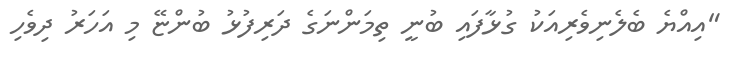
"އިއްޔެ ބެލެނިވެރިއަކު ގުޅާފައި ބުނީ ތިމަންނަގެ ދަރިފުޅު ބުންޏޭ މި އަހަރު ދިވެހި